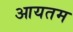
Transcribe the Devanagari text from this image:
आयतम